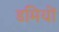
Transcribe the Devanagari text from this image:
डमियों